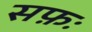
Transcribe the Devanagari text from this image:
सफ़ः